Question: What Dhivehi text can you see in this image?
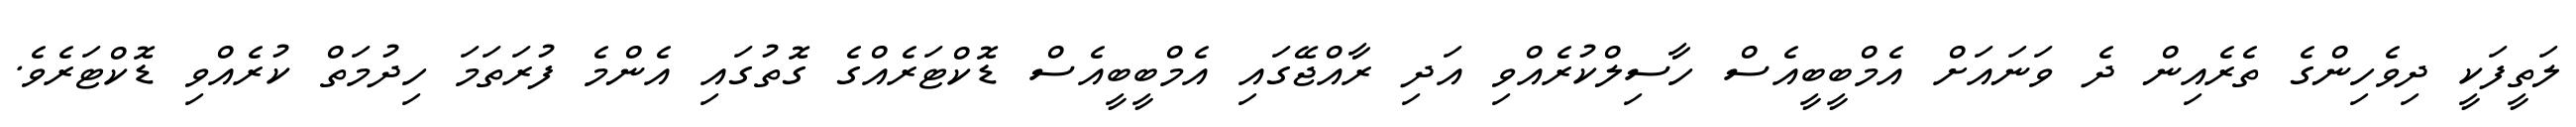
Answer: ލަތީފަކީ ދިވެހިންގެ ތެރެއިން ދެ ވަނައަށް އެމްބީބީއެސް ހާސިލްކުރެއްވި އަދި ރާއްޖޭގައި އެމްބީބީއެސް ޑޮކްޓަރެއްގެ ގޮތުގައި އެންމެ ފުރަތަމަ ހިދުމަތް ކުރެއްވި ޑޮކްޓަރެވެ.